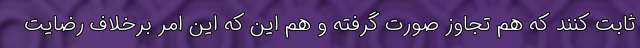
ثابت كنند كه هم تجاوز صورت گرفته و هم اين كه اين امر برخلاف رضايت